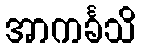
အာကင်္ခသိ